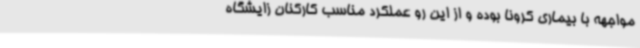
مواجهه با بیماری کرونا بوده و از این رو عملکرد مناسب کارکنان زایشگاه